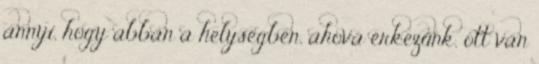
annyi, hogy abban a helységben, ahová érkezünk, ott van